Scottish assistants in French schools and colleges, 1920
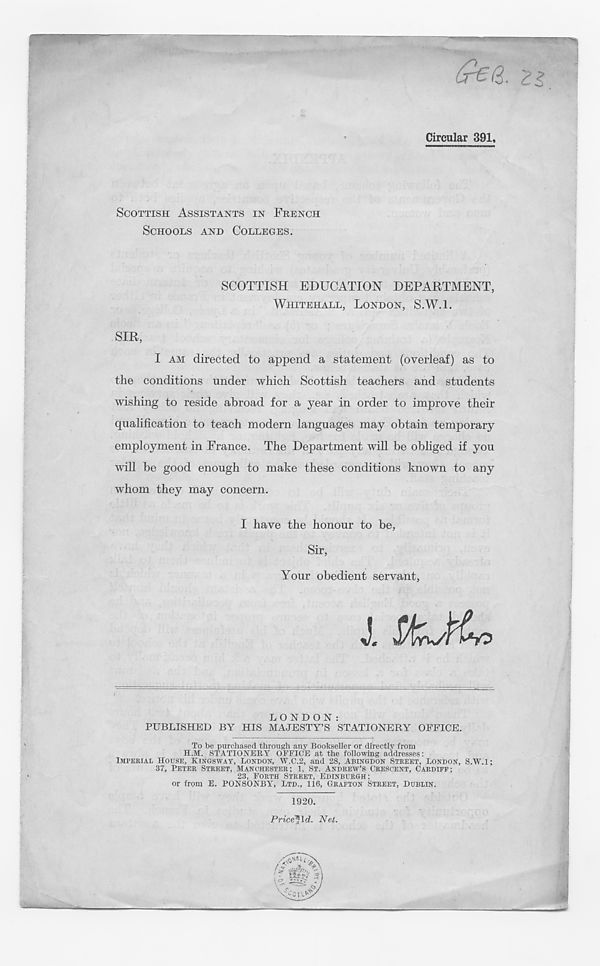
(r€Q. Zl
Circular 391,
SCOTTISH ASSISTANTS IN FRENCH
SCHOOLS AND COLLEGES.
SCOTTISH EDUCATION DEPARTMENT,
WHITEHALL, LONDON, S.W.l.
SIR,
I AM directed to append a statement (overleaf) as to
the conditions under which Scottish teachers and students
wishing to reside abroad for a year in order to improve their
qualification to teach modern languages may obtain temporary
employment in France. The Department will be obliged if you
will be good enough to make these conditions known to any
whom they may concern.
I have the honour to be,
Sir,
Your obedient servant,
LONDON:
PUBLISHED BY HIS MAJESTY’S STATIONERY OFFICE.
To be purchased through any Bookseller or directly from
H.M. STATIONERY OFFICE at the following addresses:
IMPERIAL HOUSE, KINGSWAY, LONDON, W.C.2, and 28, ABINGDON STREET, LONDON, S.W.l;
37, PETER STREET, MANCHESTER; 1, ST. ANDREW’S CRESCENT, CARDIFF;
23, FORTH STREET, EDINBURGH;
or from E. PONSONBY, LTD., 116, GRAFTON STREET, DUBLIN.
1920.
Price^ld. Net.